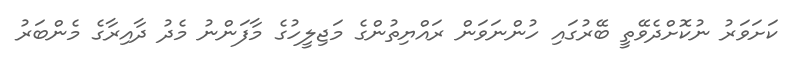
ކަށަވަރު ނުކޮށްދެވޭތީ ބޭރުގައި ހުންނަވަން ރައްޔިތުންގެ މަޖިލީހުގެ މާފަންނު މެދު ދާއިރާގެ މެންބަރު